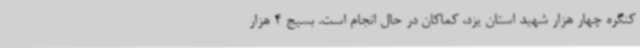
کنگره چهار هزار شهید استان یزد، کماکان در حال انجام است. بسیج 4 هزار